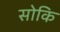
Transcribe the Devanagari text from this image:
सोकि